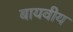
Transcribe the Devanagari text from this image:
बायवीय